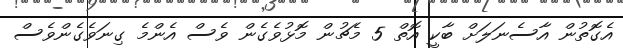
އެގޮތުން އާސެނަލަށް ބާކީ އޮތް 5 މެޗުން މޮޅުވެގެން ވެސް އެންމެ ގިނަވެގެންވެސް